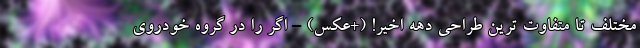
مختلف تا متفاوت ترین طراحی دهه اخیر! (+عکس) - اگر را در گروه خودروی